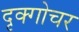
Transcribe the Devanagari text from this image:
दृक्गोचर